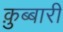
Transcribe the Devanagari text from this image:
क़ुब्बारी